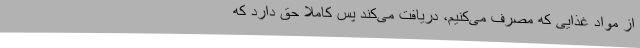
از مواد غذایی که مصرف می‌کنیم، دریافت می‌کند پس کاملا حق دارد که